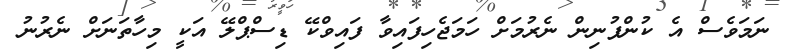
ނަމަވެސް އެ ކުންފުނިން ނެރުމަށް ހަމަޖެހިފައިވާ ފައިވްކޭ ޑިސްޕްލޭ އަކީ މިހާތަނަށް ނެރުނު